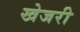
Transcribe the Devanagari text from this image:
खेजरी